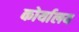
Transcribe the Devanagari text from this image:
कोर्यालय